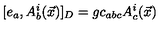
[ e _ { a } , A _ { b } ^ { i } ( \vec { x } ) ] _ { D } = g c _ { a b c } A _ { c } ^ { i } ( \vec { x } )